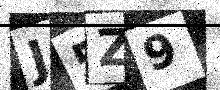
Text: J5Z9